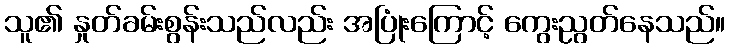
သူ၏ နှုတ်ခမ်းစွန်းသည်လည်း အပြုံးကြောင့် ကွေးညွတ်နေသည်။